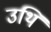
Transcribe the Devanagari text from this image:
उथि